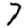
Digit: 7